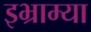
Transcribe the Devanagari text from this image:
इभ्राम्या